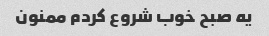
یه صبح خوب شروع کردم ممنون